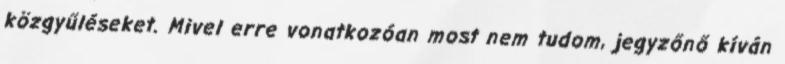
közgyűléseket. Mivel erre vonatkozóan most nem tudom, jegyzőnő kíván